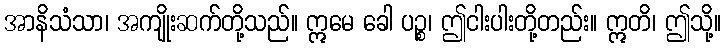
အာနိသံသာ၊ အကျိုးဆက်တို့သည်။ ဣမေ ခေါ ပဉ္စ၊ ဤငါးပါးတို့တည်း။ ဣတိ၊ ဤသို့။